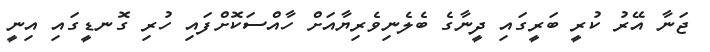
ޖަނާ އޭރު ކުރީ ބަރީގައި ދީނާގެ ބެލެނިވެރިޔާއަށް ހާއްސަކޮށްފައި ހުރި ގޮނޑީގައި އިނީ